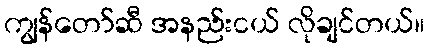
ကျွန်တော်ဆီ အနည်းငယ် လိုချင်တယ်။